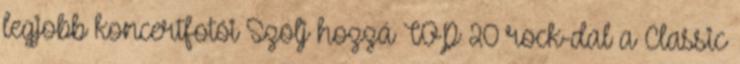
legjobb koncertfotói Szólj hozzá TOP 20 rock-dal a Classic